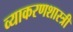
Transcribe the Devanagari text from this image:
व्याकरणशास्त्री